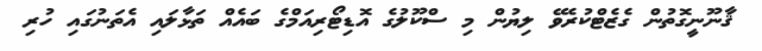
ޤާނޫނީގޮތުން ގެޒެޓްކުރެވޭ ލިޔުން މި ސްކޫލުގެ އޮޑިޓޯރިއަމްގެ ބައެއް ތަޅާލައި އެތަނުގައި ހުރި